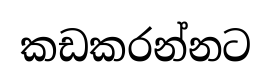
කඩකරන්නට